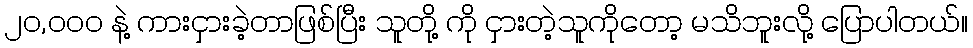
၂၀,၀၀၀ နဲ့ ကားငှားခဲ့တာဖြစ်ပြီး သူတို့ ကို ငှားတဲ့သူကိုတော့ မသိဘူးလို့ ပြောပါတယ်။